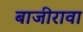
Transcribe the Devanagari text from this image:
बाजीरावा